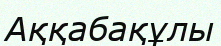
Аққабақұлы